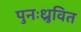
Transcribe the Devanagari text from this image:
पुनःध्रुवित